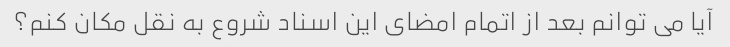
آیا می توانم بعد از اتمام امضای این اسناد شروع به نقل مکان کنم؟